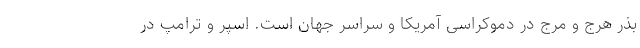
بذر هرج و مرج در دموکراسی آمریکا و سراسر جهان است. اسپر و ترامپ در